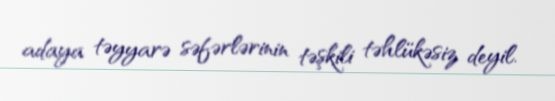
adaya təyyarə səfərlərinin təşkili təhlükəsiz deyil.